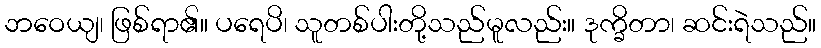
ဘဝေယျ၊ ဖြစ်ရာ၏။ ပရေပိ၊ သူတစ်ပါးတို့သည်မူလည်း။ ဒုက္ခိတာ၊ ဆင်းရဲသည်။